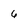
Character: 6